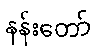
နန်းတော်